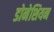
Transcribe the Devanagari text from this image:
डोनेशियन